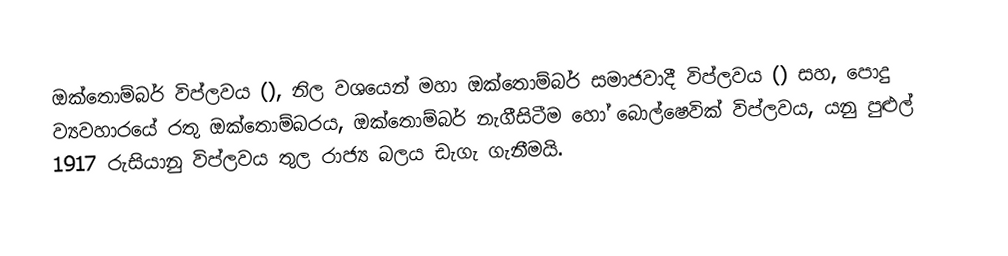
ඔක්තොම්බර් විප්ලවය (), නිල වශයෙන් මහා ඔක්තොම්බර් සමාජවාදී විප්ලවය () සහ, පොදු ව්‍යවහාරයේ රතු ඔක්තොම්බරය, ඔක්තොම්බර් නැගීසිටීම හෝ  බොල්ෂෙවික් විප්ලවය, යනු පුළුල් 1917 රුසියානු විප්ලවය තුල රාජ්‍ය බලය ඩැගැ ගැනීමයි.